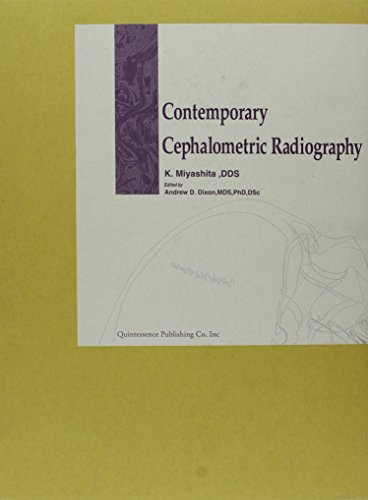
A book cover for Contemporary Cephalometric Radiography; Kunihiko Miashita; Medical Books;